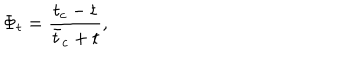
\Phi _ { t } = { \frac { t _ { c } - t } { { \bar { t } } _ { c } + t } } ,